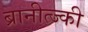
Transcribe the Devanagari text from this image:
ब्रानीत्ज्की